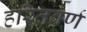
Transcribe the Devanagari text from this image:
हरितवर्ण